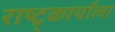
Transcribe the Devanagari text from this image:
राष्ट्र्कार्याला